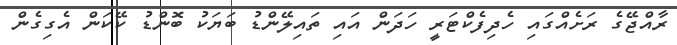
ރާއްޖޭގެ ރަށެއްގަައި ހެދިފެކްޓަަރީ ހަދަން އައި ތައިލޭންޑު ބަޔަކު ބޮންޑު ކޭކަން އެގިގެން